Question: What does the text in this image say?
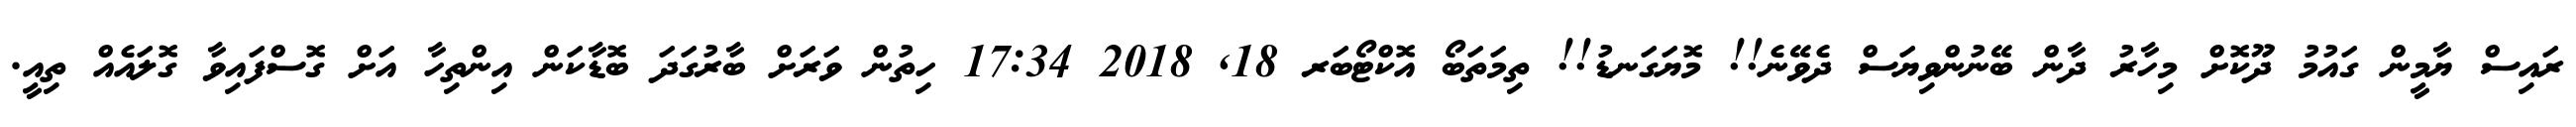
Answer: ރައިސް ޔާމީން ގައުމު ދޫކޮށް މިހާރު ދާން ބޭނުންވިޔަސް ދެވޭނެ!! މޮޔަގަނޑު!! ތިމަތަބޯ އޮކްޓޯބަރ 18, 2018 17:34 ހިތުން ވަރަށް ބާރުގަދަ ބޮޑާކަން އިންތިހާ އަށް ގޮސްފައިވާ ގޮލައެއް ތިއީ.